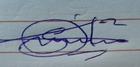
Signature authenticity: genuine